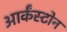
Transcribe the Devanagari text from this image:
आर्कंस्टोन